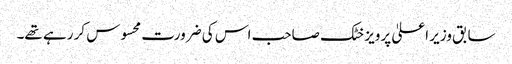
سابق وزیر اعلیٰ پرویز خٹک صاحب اس کی ضرورت محسوس کر رہے تھے۔